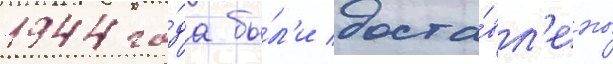
1944 го́да бы́л'и доста́вл'ены